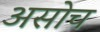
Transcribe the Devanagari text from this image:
असोच